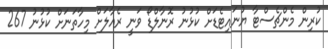
ކުރިން މެންޗެސްޓާ ޔުނައިޓެޑަށް ކުޅުނު ރޮނާލްޑޯ ވަނީ ރެއާލަށް މިހާތަނަށް ކުޅުނު 267